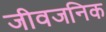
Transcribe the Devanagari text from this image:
जीवजनिक